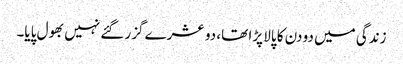
زندگی میں دو دن کا پالا پڑا تھا، دو عشرے گزر گئے نہیں بھول پایا۔